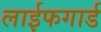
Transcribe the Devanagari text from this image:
लाईफगार्ड